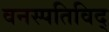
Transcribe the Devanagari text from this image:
वनस्पतिविद्